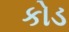
કોડ